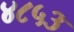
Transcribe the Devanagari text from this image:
४८५३